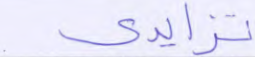
تزايدي